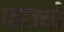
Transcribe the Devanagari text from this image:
फाज्यो